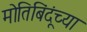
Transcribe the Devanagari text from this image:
मोतिबिंदूंच्या